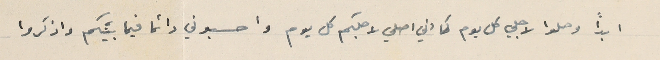
ابداً وصلوا لاجلي كل يوم كما اني اصلي لاجلكم كل يوم واحسبوني دائما فيما بينكم واذكروا